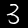
Label: 3